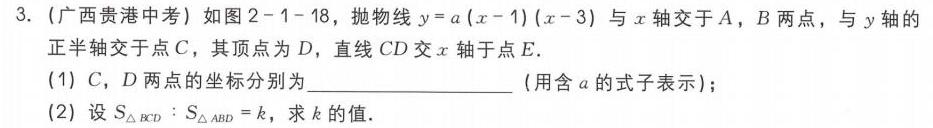
3. (广西贵港中考) 如图2 - 1 - 18，抛物线\(y = a(x - 1)(x - 3)\)与\(x\)轴交于\(A\)，\(B\)两点，与\(y\)轴的正半轴交于点\(C\)，其顶点为\(D\)，直线\(CD\)交\(x\)轴于点\(E\).
(1) \(C\)，\(D\)两点的坐标分别为  （用含\(a\)的式子表示）；
(2) 设\(S_{\triangle BCD}:S_{\triangle ABD}=k\)，求\(k\)的值.